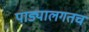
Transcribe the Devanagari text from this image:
पाड्यालगतच